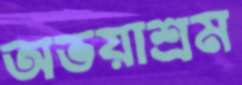
অভয়াশ্রম